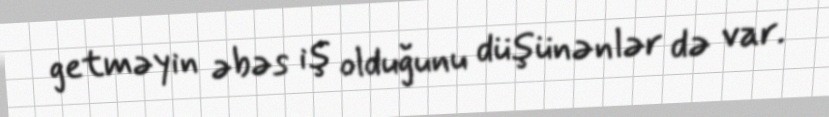
getməyin əbəs iş olduğunu düşünənlər də var.